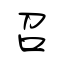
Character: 召